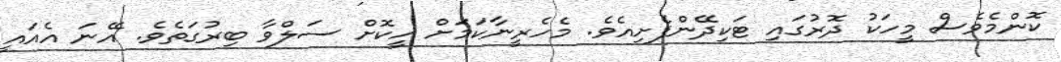
ކޮންމެވެސް މީހަކު ދޮރުގައި ޓަކިދޭންފެށިއެވެ. މެހެރީނާކަމަށް ހީކޮށް ސަލްވާ ބިރުގަތެވެ. އޭނަ އެއައީ